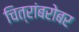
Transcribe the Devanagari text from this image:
चित्रांबरोबर